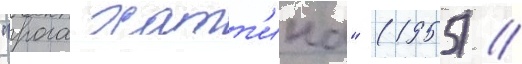
"рога хатт'ина" (1955) /